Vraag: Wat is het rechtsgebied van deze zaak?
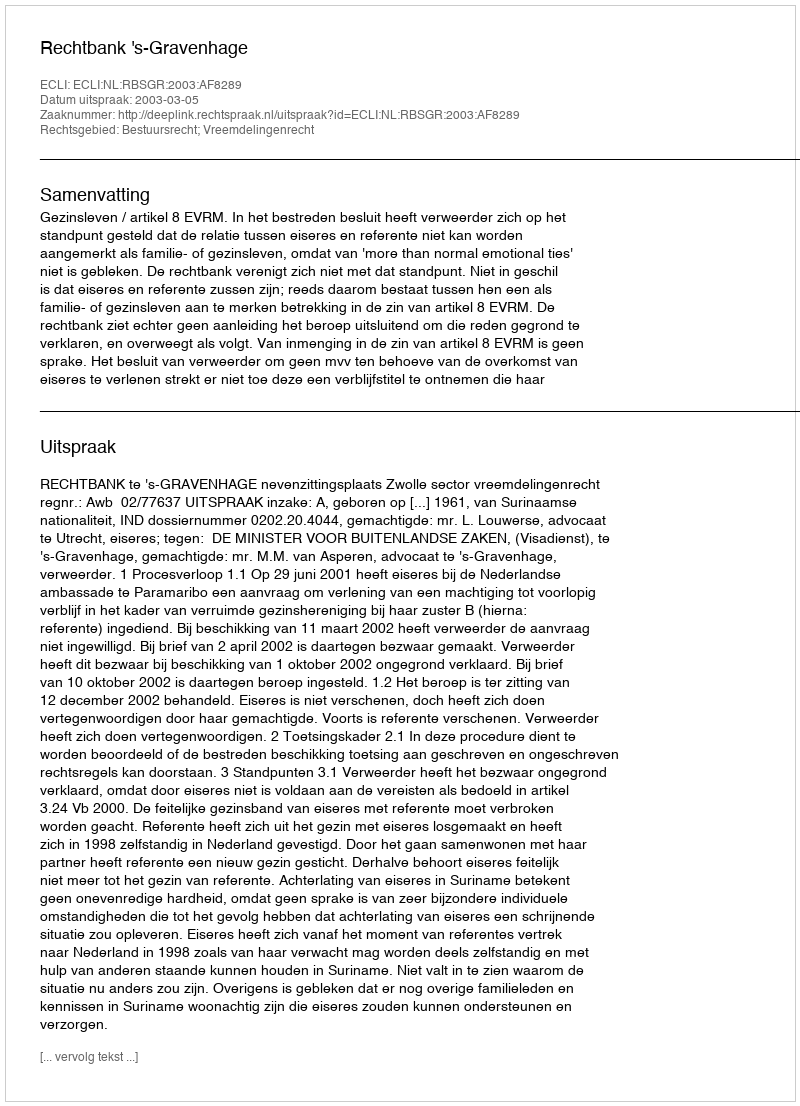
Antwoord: Bestuursrecht; Vreemdelingenrecht